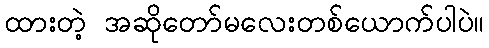
ထားတဲ့ အဆိုတော်မလေးတစ်ယောက်ပါပဲ။